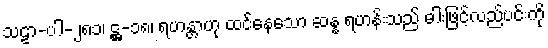
သဠာ-ပါ-၂၈၁၊ ဋ္ဌ-၁၈၊ ရဟန္တာဟု ထင်နေသော ဆန္န ရဟန်းသည် ဓါးဖြင့်လည်ပင်းကို